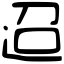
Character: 迢